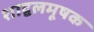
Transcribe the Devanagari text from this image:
शाद्वलमूषक